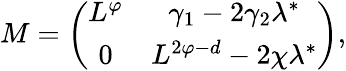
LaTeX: M=\left(\begin{array}{cc}{{L^{\varphi}}}&{{\gamma_{1}-2\gamma_{2}\lambda^{*}}}\\ {{0}}&{{L^{2\varphi-d}-2\chi\lambda^{*}}}\end{array}\right),